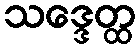
သဒ္ဒေတ္ထ